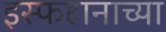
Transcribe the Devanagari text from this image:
इस्फहानाच्या